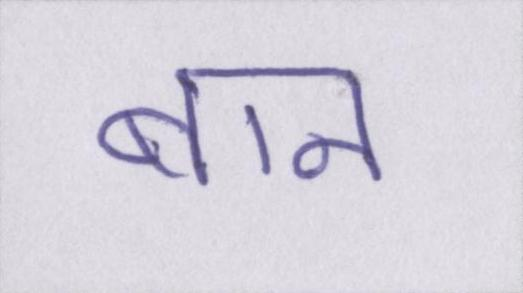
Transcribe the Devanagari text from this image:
बान